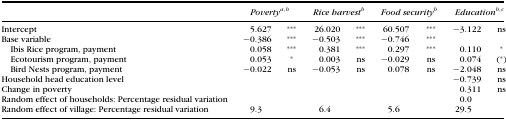
|  | <COLSPAN=2> Povertya,b | <COLSPAN=2> Rice harvestb | <COLSPAN=2> Food securityb | <COLSPAN=2> Educationb,c |
 | --- | --- | --- | --- | --- | --- | --- | --- | --- |
 | Intercept | 5.627 | *** | 26.020 | *** | 60.507 | *** | −3.122 | ns |
 | Base variable | −0.386 | *** | −0.503 | *** | −0.746 | *** |  |  |
 | Ibis Rice program, payment | 0.058 | *** | 0.381 | *** | 0.297 | *** | 0.110 | * |
 | Ecotourism program, payment | 0.053 | * | 0.003 | ns | −0.029 | ns | 0.074 | (*) |
 | Bird Nests program, payment | −0.022 | ns | −0.053 | ns | 0.078 | ns | −2.048 | ns |
 | Household head education level |  |  |  |  |  |  | −0.739 | ns |
 | Change in poverty |  |  |  |  |  |  | 0.311 | ns |
 | Random effect of households: Percentage residual variation |  |  |  |  |  |  | 0.0 |  |
 | Random effect of village: Percentage residual variation | 9.3 |  | 6.4 |  | 5.6 |  | 29.5 |  |